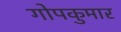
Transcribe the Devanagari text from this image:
गोपकुमार